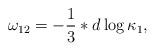
LaTeX: \begin{align*}\omega_{12}=-\frac{1}{3}*d\log\kappa_1,\end{align*}